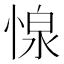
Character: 𢝓